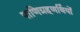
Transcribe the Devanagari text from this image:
पाणिग्रहणर्थियों